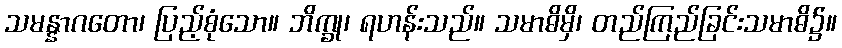
သမန္နာဂတော၊ ပြည့်စုံသော။ ဘိက္ခု၊ ရဟန်းသည်။ သမာဓိမှိ၊ တည်ကြည်ခြင်းသမာဓိ၌။